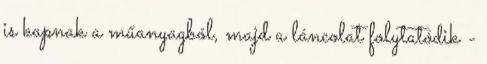
is kapnak a műanyagból, majd a láncolat folytatódik -